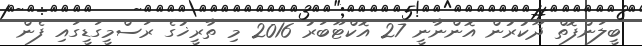
ބީލަންފޮތް ދޫކުރުން އޮންނާނީ 27 އޮކްޓޫބަރު 2016 މި ތާރީޚުގެ ރަސްމީގަޑީގައި ފެން